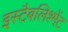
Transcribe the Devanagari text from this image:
इस्टैबलिश्मेंट